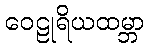
ဝေဠုရိယထမ္ဘာ